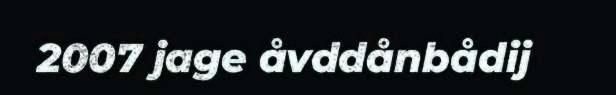
2007 jage åvddånbådij